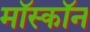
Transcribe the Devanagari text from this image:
मॉस्कॉन